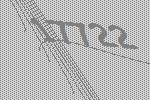
17722